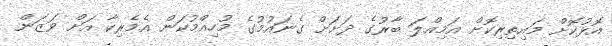
އޮޅުކޮށް މައިތިރިކޮށް އަމިއްލަ ބާރުގެ ދަށަށް ގެނައުމުގެ މުހިއްމުކަން އެމެރިކާ އަށް ވަޒަން